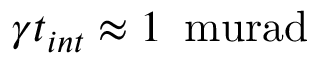
\gamma t _ { i n t } \approx 1 \, \mathrm { \ m u r a d }